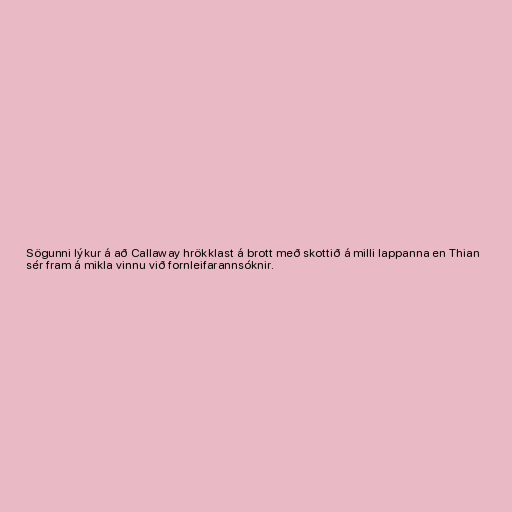
Sögunni lýkur á að Callaway hrökklast á brott með skottið á milli lappanna en Thian
sér fram á mikla vinnu við fornleifarannsóknir.